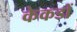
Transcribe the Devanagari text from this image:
केकडों